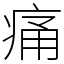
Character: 痛